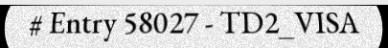
# Entry 58027 - TD2_VISA